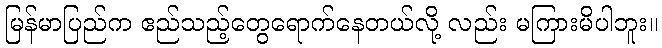
မြန်မာပြည်က ဧည်သည့်တွေရောက်နေတယ်လို့ လည်း မကြားမိပါဘူး။